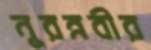
নুরন্নবীর